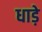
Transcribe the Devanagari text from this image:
धाड़े